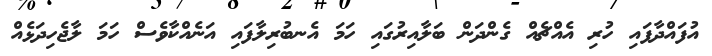
އުފައްދާފައި ހުރި އެއްޗެއް ގެންދަން ބަލާއިރުގައި ހަމަ އެނބުރިލާފައި އަނެއްކާވެސް ހަމަ ލާޖެހިދަޅެއް